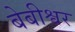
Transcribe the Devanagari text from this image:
बेबीश्वर